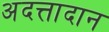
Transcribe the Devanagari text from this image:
अदत्तादान